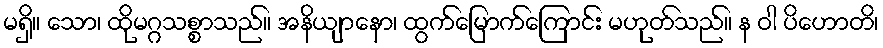
မရှိ။ သော၊ ထိုမဂ္ဂသစ္စာသည်။ အနိယျာနော၊ ထွက်မြောက်ကြောင်း မဟုတ်သည်။ န ဝါ ပိဟောတိ၊